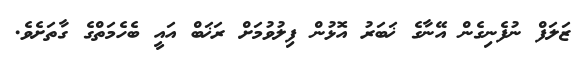
ޒަލަފް ނުފެނިގެން އޭނާގެ ޚަބަރު އޮޅުން ފިލުވުމަށް ރަޚަބް އައީ ބެހެމަތްގެ ގާތަށެވެ.